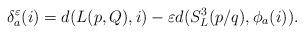
LaTeX: \begin{align*}\delta^{\varepsilon}_a(i)=d(L(p,Q),i)-\varepsilon d(S^3_L(p/q),\phi_a(i)).\end{align*}